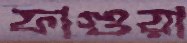
ফাগুয়া